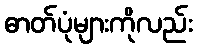
ဓာတ်ပုံများကိုလည်း